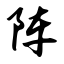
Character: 阵